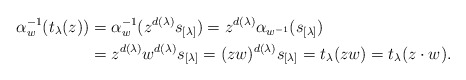
\begin{align*}\alpha_{w}^{-1}(t_\lambda(z))&= \alpha_{w}^{-1}(z^{d(\lambda)}s_{[\lambda]})= z^{d(\lambda)}\alpha_{ w^{-1} }(s_{[\lambda]})\\&= z^{d(\lambda)}w^{d(\lambda)}s_{[\lambda]}=(zw)^{d(\lambda)}s_{[\lambda]}=t_\lambda(zw)=t_\lambda(z\cdot w).\end{align*}